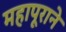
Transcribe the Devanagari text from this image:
महापूराने